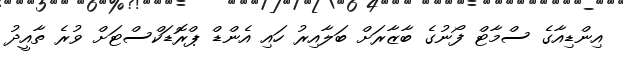
އިންޑިއާގެ ސްމާޓް ފޯނުގެ ބާޒާރަށް ބަލާއިރު ހައި އެންޑް ޕްރޮޑަކްސްޓަށް ވުރެ ތާއީދު